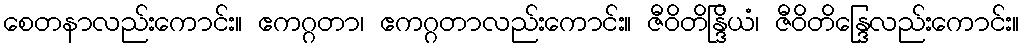
စေတနာလည်းကောင်း။ ဧကဂ္ဂတာ၊ ဧကဂ္ဂတာလည်းကောင်း။ ဇီဝိတိန္ဒြိယံ၊ ဇီဝိတိန္ဒြေလည်းကောင်း။